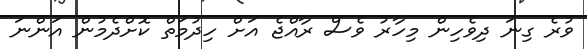
ވުރެ ގިނަ ދިވެހިން މިހާރު ވެސް ރާއްޖެ އަށް ހިދުމަތް ކޮށްދެމުން އަންނަ